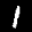
Label: 1